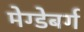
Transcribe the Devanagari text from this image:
मेग्डेबर्ग